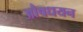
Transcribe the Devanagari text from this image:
औषधयन